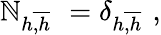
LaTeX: \mathbb{N}_{h\overline{{{{,h}}}}\ \ }=\delta_{h\overline{{{{,h}}}}\ \ },